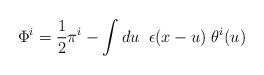
LaTeX: \begin{align*}\Phi^{i}=\frac{1}{2}\pi^{i}-\int du\;\; \epsilon(x-u)\;\theta^{i}(u)\end{align*}